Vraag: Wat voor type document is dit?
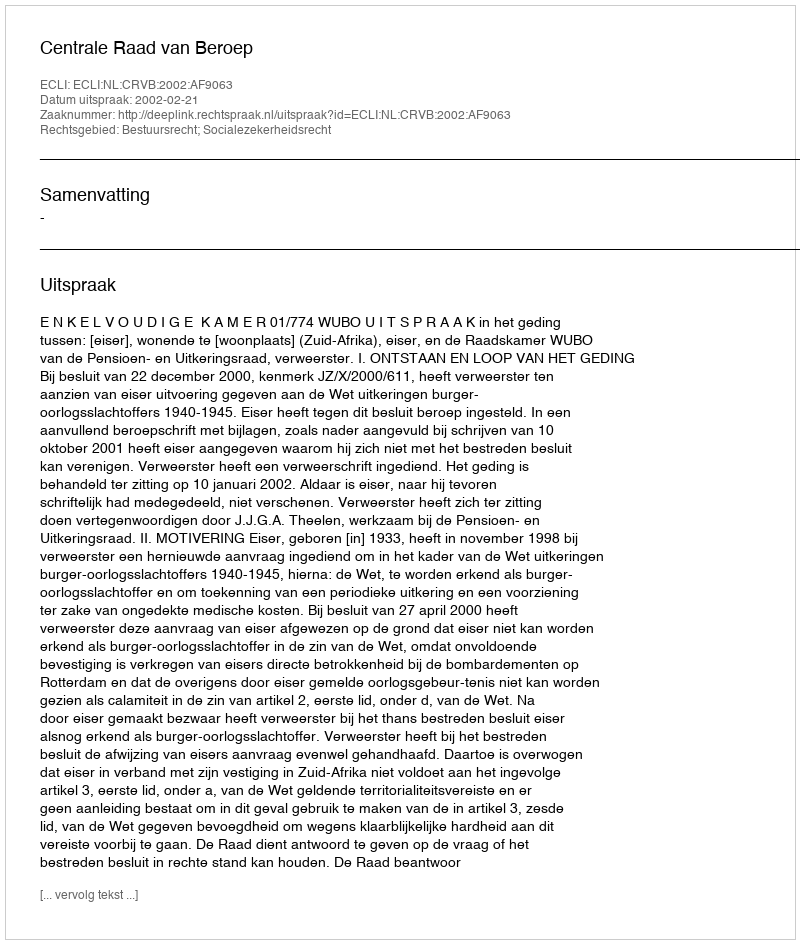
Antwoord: Uitspraak